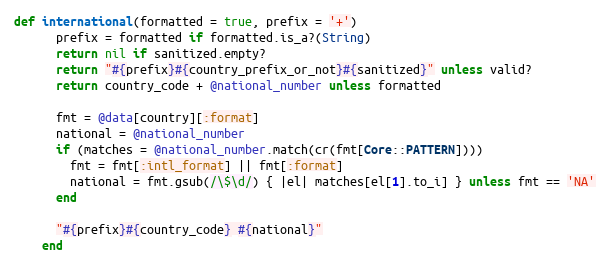
Language: Ruby
def international(formatted = true, prefix = '+')
      prefix = formatted if formatted.is_a?(String)
      return nil if sanitized.empty?
      return "#{prefix}#{country_prefix_or_not}#{sanitized}" unless valid?
      return country_code + @national_number unless formatted

      fmt = @data[country][:format]
      national = @national_number
      if (matches = @national_number.match(cr(fmt[Core::PATTERN])))
        fmt = fmt[:intl_format] || fmt[:format]
        national = fmt.gsub(/\$\d/) { |el| matches[el[1].to_i] } unless fmt == 'NA'
      end

      "#{prefix}#{country_code} #{national}"
    end